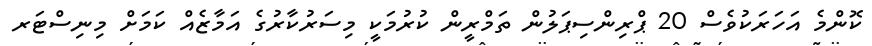
ކޮންމެ އަހަރަކުވެސް 20 ޕްރިންސިޕަލުން ތަމްރީން ކުރުމަކީ މިސަރުކާރުގެ އަމާޒެއް ކަމަށް މިނިސްޓަރ